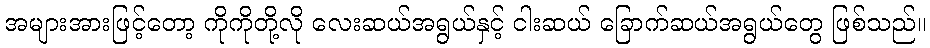
အများအားဖြင့်တော့ ကိုကိုတို့လို လေးဆယ်အရွယ်နှင့် ငါးဆယ် ခြောက်ဆယ်အရွယ်တွေ ဖြစ်သည်။